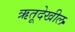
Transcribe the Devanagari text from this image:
ऋतूदेखील